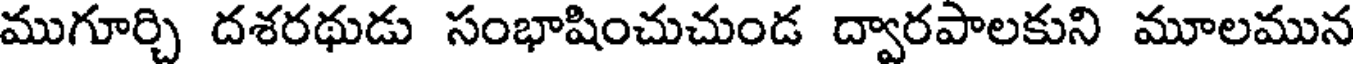
ముగూర్చి దశరథుడు సంభాషించుచుండ ద్వారపాలకుని మూలమున